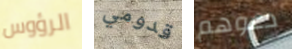
الرؤوس قدومي دعوهم